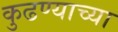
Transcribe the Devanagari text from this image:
कुढण्याच्या